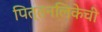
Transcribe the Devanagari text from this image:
पित्तनलिकेची